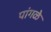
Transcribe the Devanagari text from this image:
पांगळे